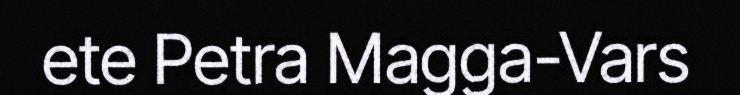
ete Petra Magga-Vars